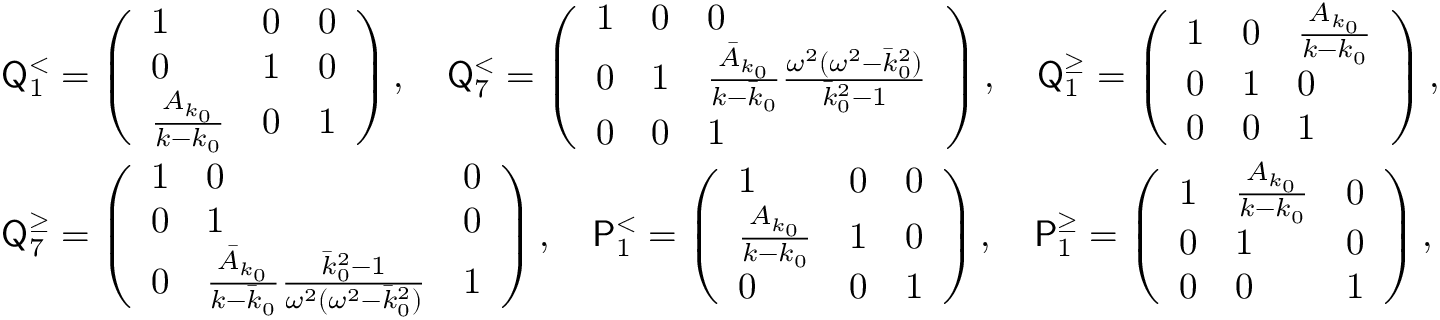
\begin{array} { r l } & { \mathsf { Q } _ { 1 } ^ { < } = \left( \begin{array} { l l l } { 1 } & { 0 } & { 0 } \\ { 0 } & { 1 } & { 0 } \\ { \frac { A _ { k _ { 0 } } } { k - k _ { 0 } } } & { 0 } & { 1 } \end{array} \right) , \quad \mathsf { Q } _ { 7 } ^ { < } = \left( \begin{array} { l l l } { 1 } & { 0 } & { 0 } \\ { 0 } & { 1 } & { \frac { \bar { A } _ { k _ { 0 } } } { k - \bar { k } _ { 0 } } \frac { \omega ^ { 2 } ( \omega ^ { 2 } - \bar { k } _ { 0 } ^ { 2 } ) } { \bar { k } _ { 0 } ^ { 2 } - 1 } } \\ { 0 } & { 0 } & { 1 } \end{array} \right) , \quad \mathsf { Q } _ { 1 } ^ { \geq } = \left( \begin{array} { l l l } { 1 } & { 0 } & { \frac { A _ { k _ { 0 } } } { k - k _ { 0 } } } \\ { 0 } & { 1 } & { 0 } \\ { 0 } & { 0 } & { 1 } \end{array} \right) , } \\ & { \mathsf { Q } _ { 7 } ^ { \geq } = \left( \begin{array} { l l l } { 1 } & { 0 } & { 0 } \\ { 0 } & { 1 } & { 0 } \\ { 0 } & { \frac { \bar { A } _ { k _ { 0 } } } { k - \bar { k } _ { 0 } } \frac { \bar { k } _ { 0 } ^ { 2 } - 1 } { \omega ^ { 2 } ( \omega ^ { 2 } - \bar { k } _ { 0 } ^ { 2 } ) } } & { 1 } \end{array} \right) , \quad \mathsf { P } _ { 1 } ^ { < } = \left( \begin{array} { l l l } { 1 } & { 0 } & { 0 } \\ { \frac { A _ { k _ { 0 } } } { k - k _ { 0 } } } & { 1 } & { 0 } \\ { 0 } & { 0 } & { 1 } \end{array} \right) , \quad \mathsf { P } _ { 1 } ^ { \geq } = \left( \begin{array} { l l l } { 1 } & { \frac { A _ { k _ { 0 } } } { k - k _ { 0 } } } & { 0 } \\ { 0 } & { 1 } & { 0 } \\ { 0 } & { 0 } & { 1 } \end{array} \right) , } \end{array}